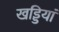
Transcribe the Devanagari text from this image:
खड्डियां